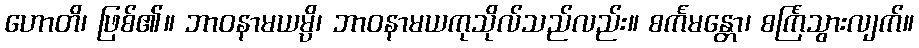
ဟောတိ၊ ဖြစ်၏။ ဘာဝနာမယမ္ပိ၊ ဘာဝနာမယကုသိုလ်သည်လည်း။ စင်္ကမန္တော၊ စင်္ကြံသွားလျက်။